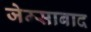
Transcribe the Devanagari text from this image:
जेम्साबाद